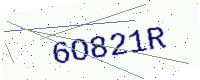
Text: 6O821R